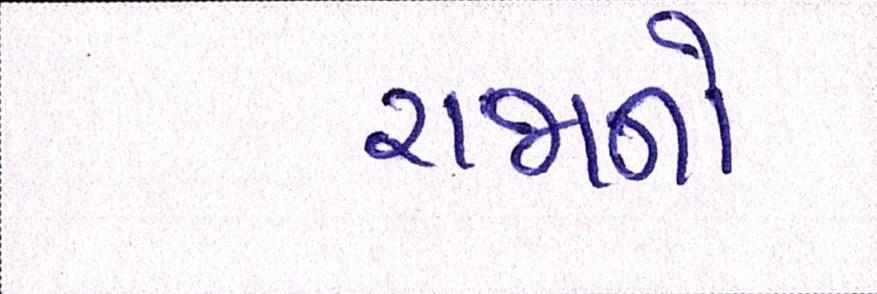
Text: રાજાનો